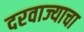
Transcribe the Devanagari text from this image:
दरवाज्याचा